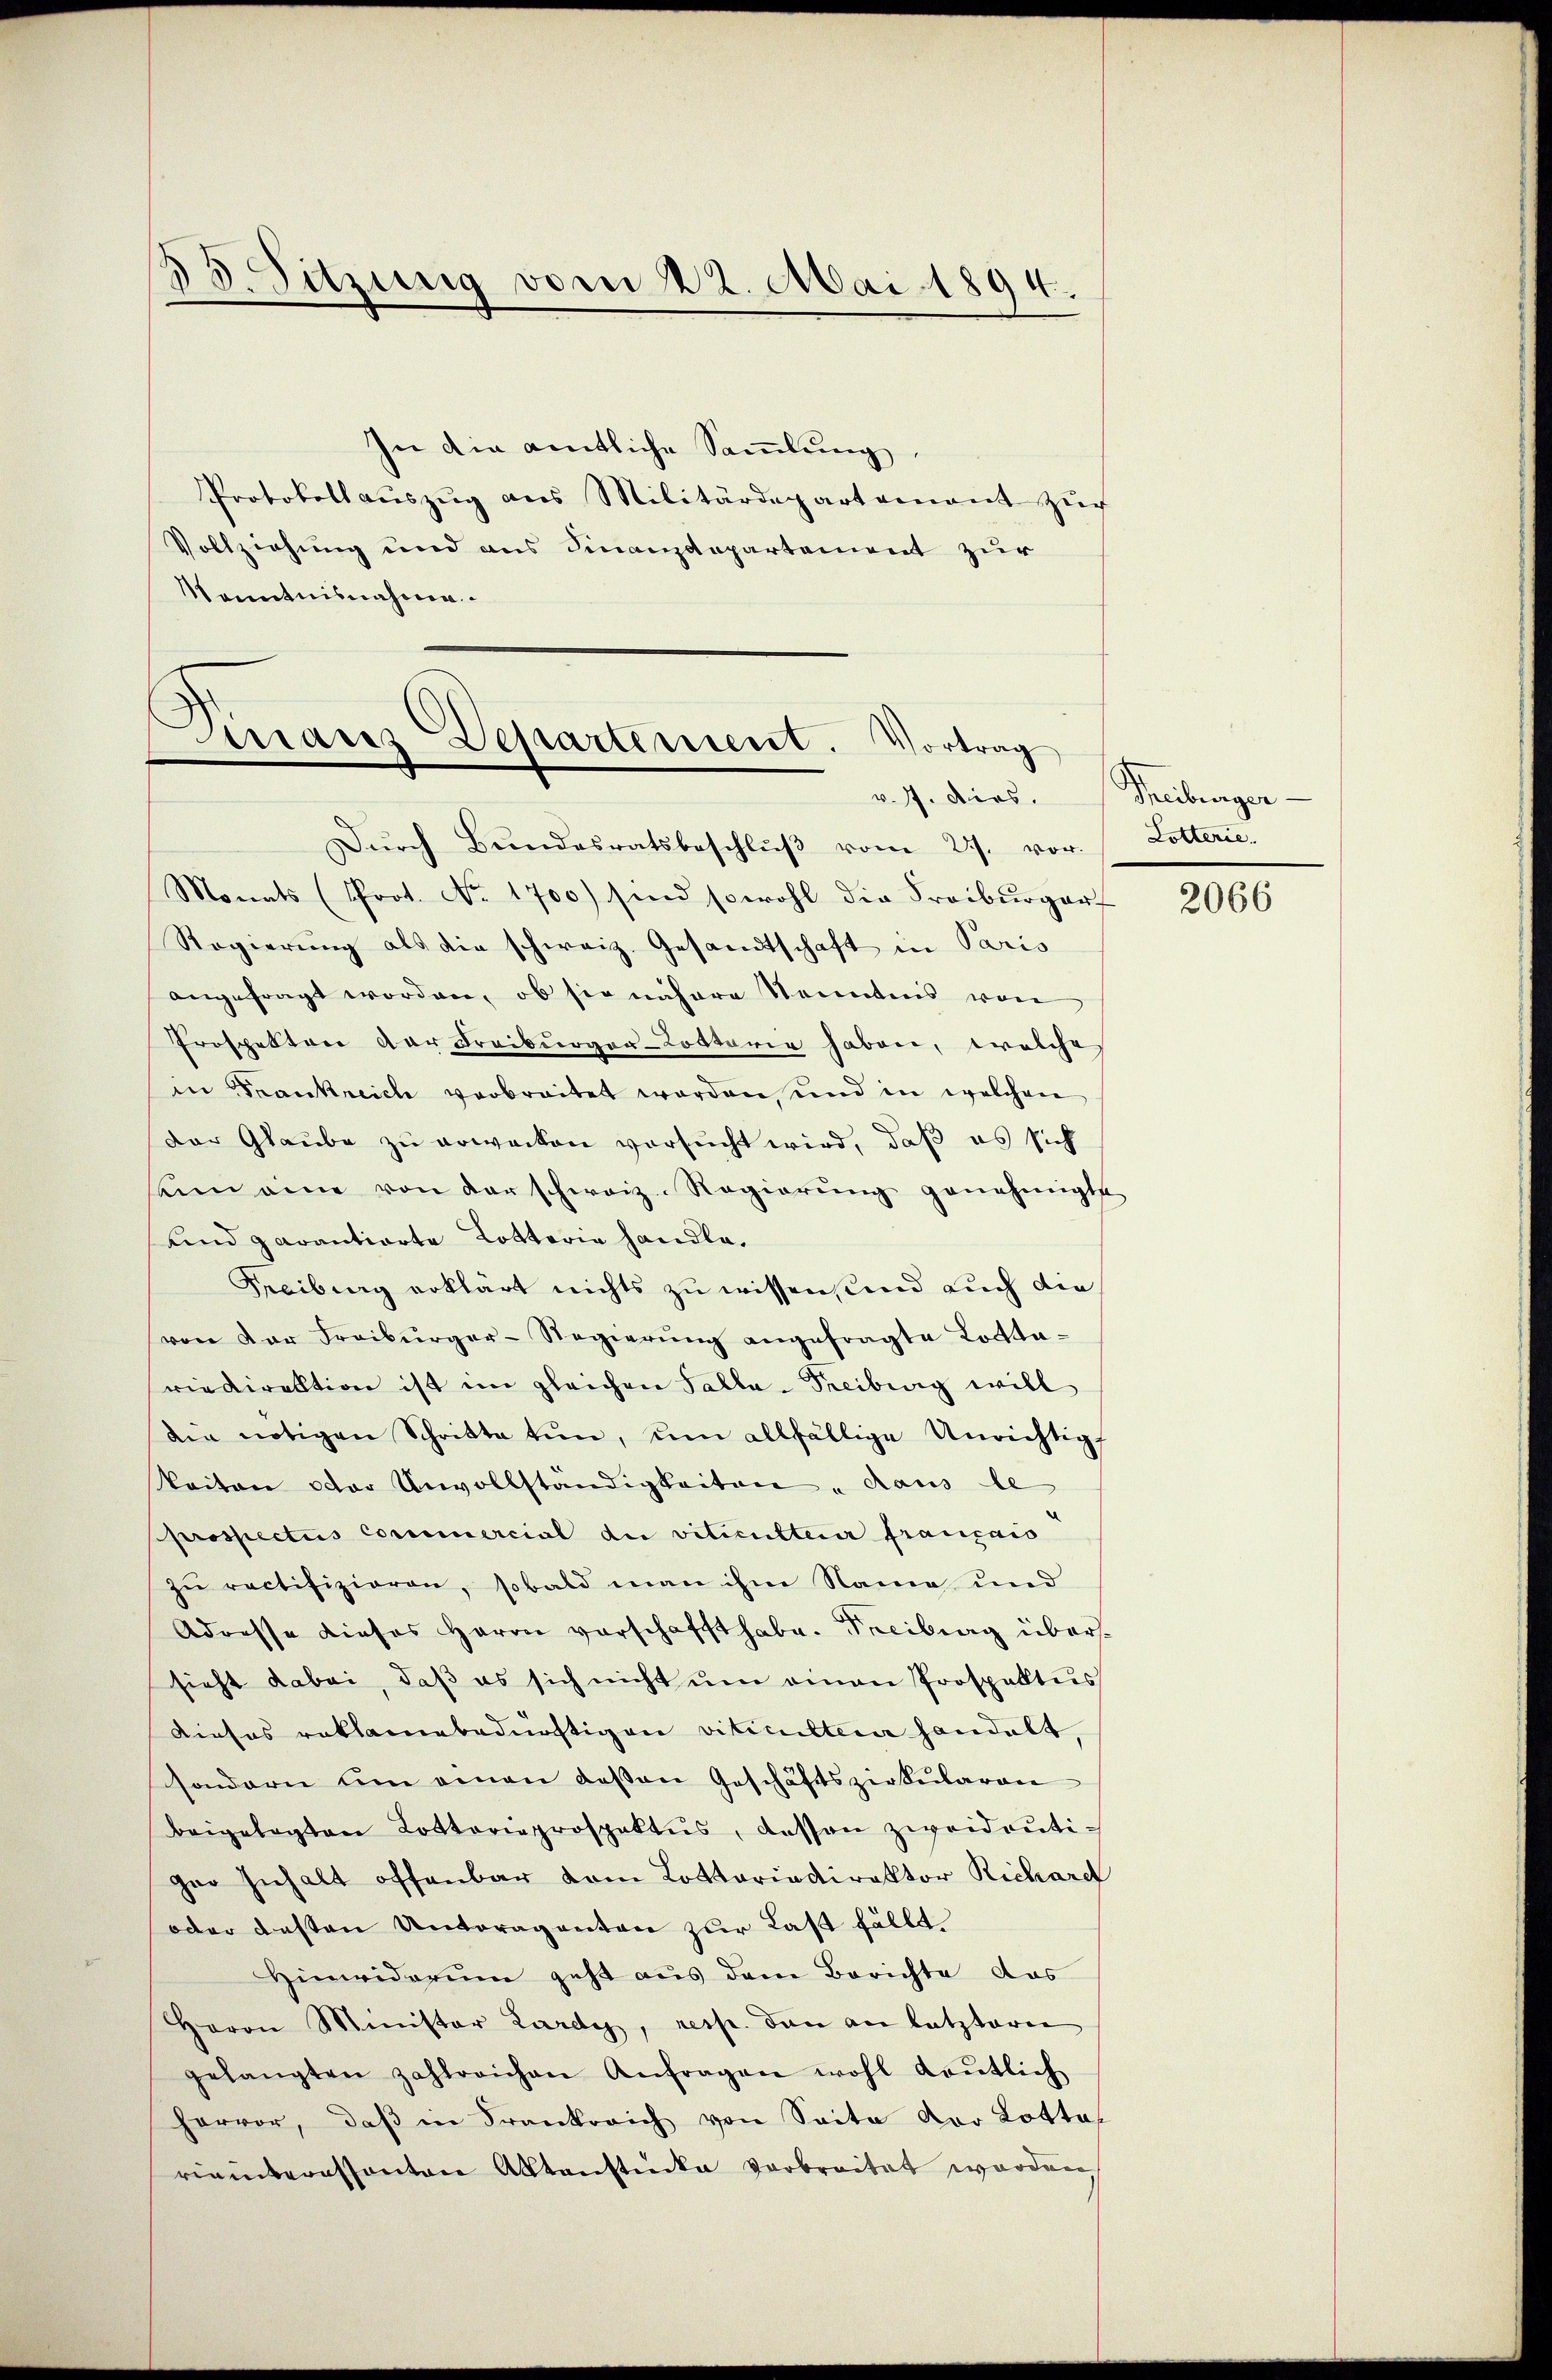
33. Sitzung vom 22. Mai 1894.

In die amtliche Sammlung,
Protokoll aŭszŭg ans Militärdepartamant zŭr
Vollziehung und aus Finanzdepartement zur
Kenntnisnahme.

d
Manz Departement. Vortrag

Dŭrch Bŭndesratsbeschlŭβ vom 27. vor.
Monats (Prot. No. 1700) sind sowohl die Freiburgert
Regierung als die schweiz. Gesandtschaft in Paris
angefragt worden, ob sie nähere Sonntes von
Prospektor der Freiburger-Lotterie haben, welche
in Frankreich verbreitet worden, und in welchen
Der Glaube zu erwecken versucht wird, daß es sich
uin eine von der schweiz. Regierŭng genehmigte
und garantierte Lottoria handle,
Freibung erklärt nichts zu wissen, und auch die
von der Freiburger-Regierŭng angefragte Lotta-
riedirektion ist im gleichen Talla - Treiburg will
die nötigen Schritte tun, um allfällige Unrichtig
Koiten oder Unvollständigkeiten " Haus le
prospectus commercial die viticulterer français
zu rectifizieren, sobald man ihm Name und
Adresse dieses Herrn vorschafft habe. Freiburg übersieht dabei, daß es sich nicht ŭm einen Prospektes
Lieses reklamebedürftigen viticulteier handelt,
sondern um einen deßen Geschäftszirkŭlaren
Beigelegten Lotterieprospektŭs, dessen zweideutiger Inhalt offenbar vom Lottariadirektor Richardt
oder gesten Antragenten zur Last fällt.
Hinweiderum geht aus dem Berichte das
Herrn Minister Lardy, resp. den an letzteren
gelangten zahlreichen Anfragen wohl kontlich
hervor, daβ in Frankreich von Seite vor Lotta,
rieiteressanten Aktenstücke verbreitet worden

v. 7. dies. Freiburger-
Lotterie.

2066